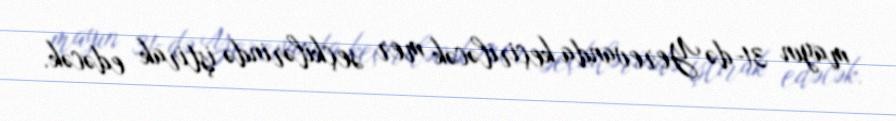
mayın 31-də Yerevanda keçiriləcək mer seçkilərində iştirak edəcək.